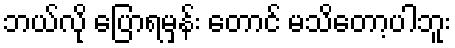
ဘယ်လို ပြောရမှန်း တောင် မသိတော့ပါဘူး